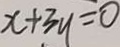
x + 3 y = 0